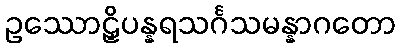
ဥဿောဠှိပန္နရသင်္ဂသမန္နာဂတော